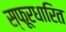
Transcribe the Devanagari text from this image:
स्फूरधारित